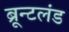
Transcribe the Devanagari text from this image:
ब्रून्टलंड